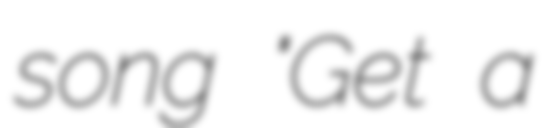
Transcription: song "Get a